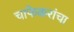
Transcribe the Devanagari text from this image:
चाफेकरांचा